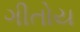
ગીતોય